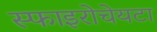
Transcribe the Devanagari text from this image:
स्फाइरोचेयटा